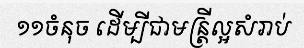
១១ចំនុច ដើម្បីជាមន្ត្រីល្អសំរាប់